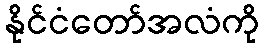
နိုင်ငံတော်အလံကို